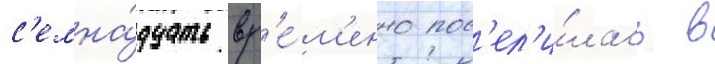
с'емна́дцать вр'е́м'енно пос'ел'и́лась в